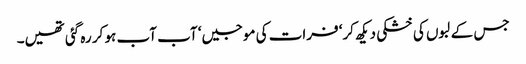
جس کے لبوں کی خشکی دیکھ کر‘ فرات کی موجیں‘ آب آب ہو کر رہ گئی تھیں۔